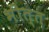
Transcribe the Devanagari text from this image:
भीत्त